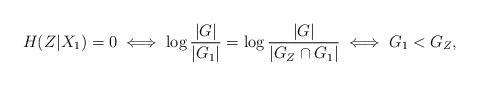
LaTeX: \begin{align*}H(Z|X_1)=0 \iff \log \frac{|G|}{|G_1|}=\log \frac{|G|}{|G_Z \cap G_1|}\iff G_1 < G_Z,\end{align*}